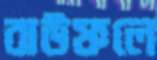
বাউফলে